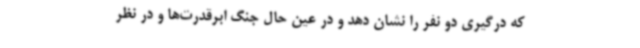
که درگیری دو نفر را نشان دهد و در عین حال جنگ ابرقدرت‌ها و در نظر